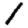
Digit: 1